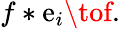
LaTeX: f*\mathrm{e}_{i}\tof.